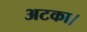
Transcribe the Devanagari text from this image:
अटका।